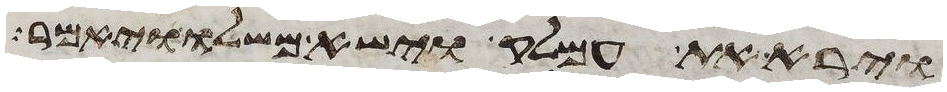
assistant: וירא את עמלק וישא משלו ויאמר